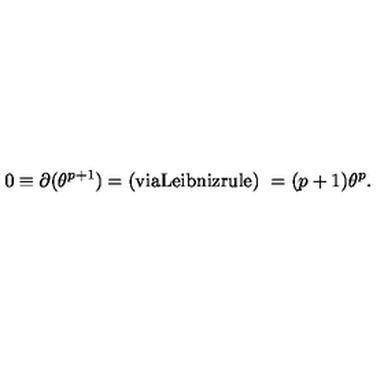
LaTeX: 0 \equiv \partial ( \theta ^ { p + 1 } ) = \mathrm { ( v i a L e i b n i z r u l e ) \ } = ( p + 1 ) \theta ^ { p } .